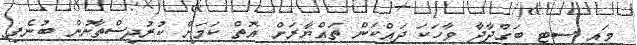
މައި ސިޓީ ބަގްދާދާ ވާހަކަ ދައްކަން ތައްޔާރަށް އޮތް ކަމަށް ކުރުދިސްތާނުން ބުނެފި